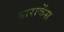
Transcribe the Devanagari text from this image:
साराकेंस